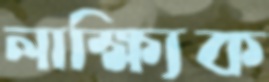
লাক্ষ্যিক